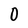
Character: 0